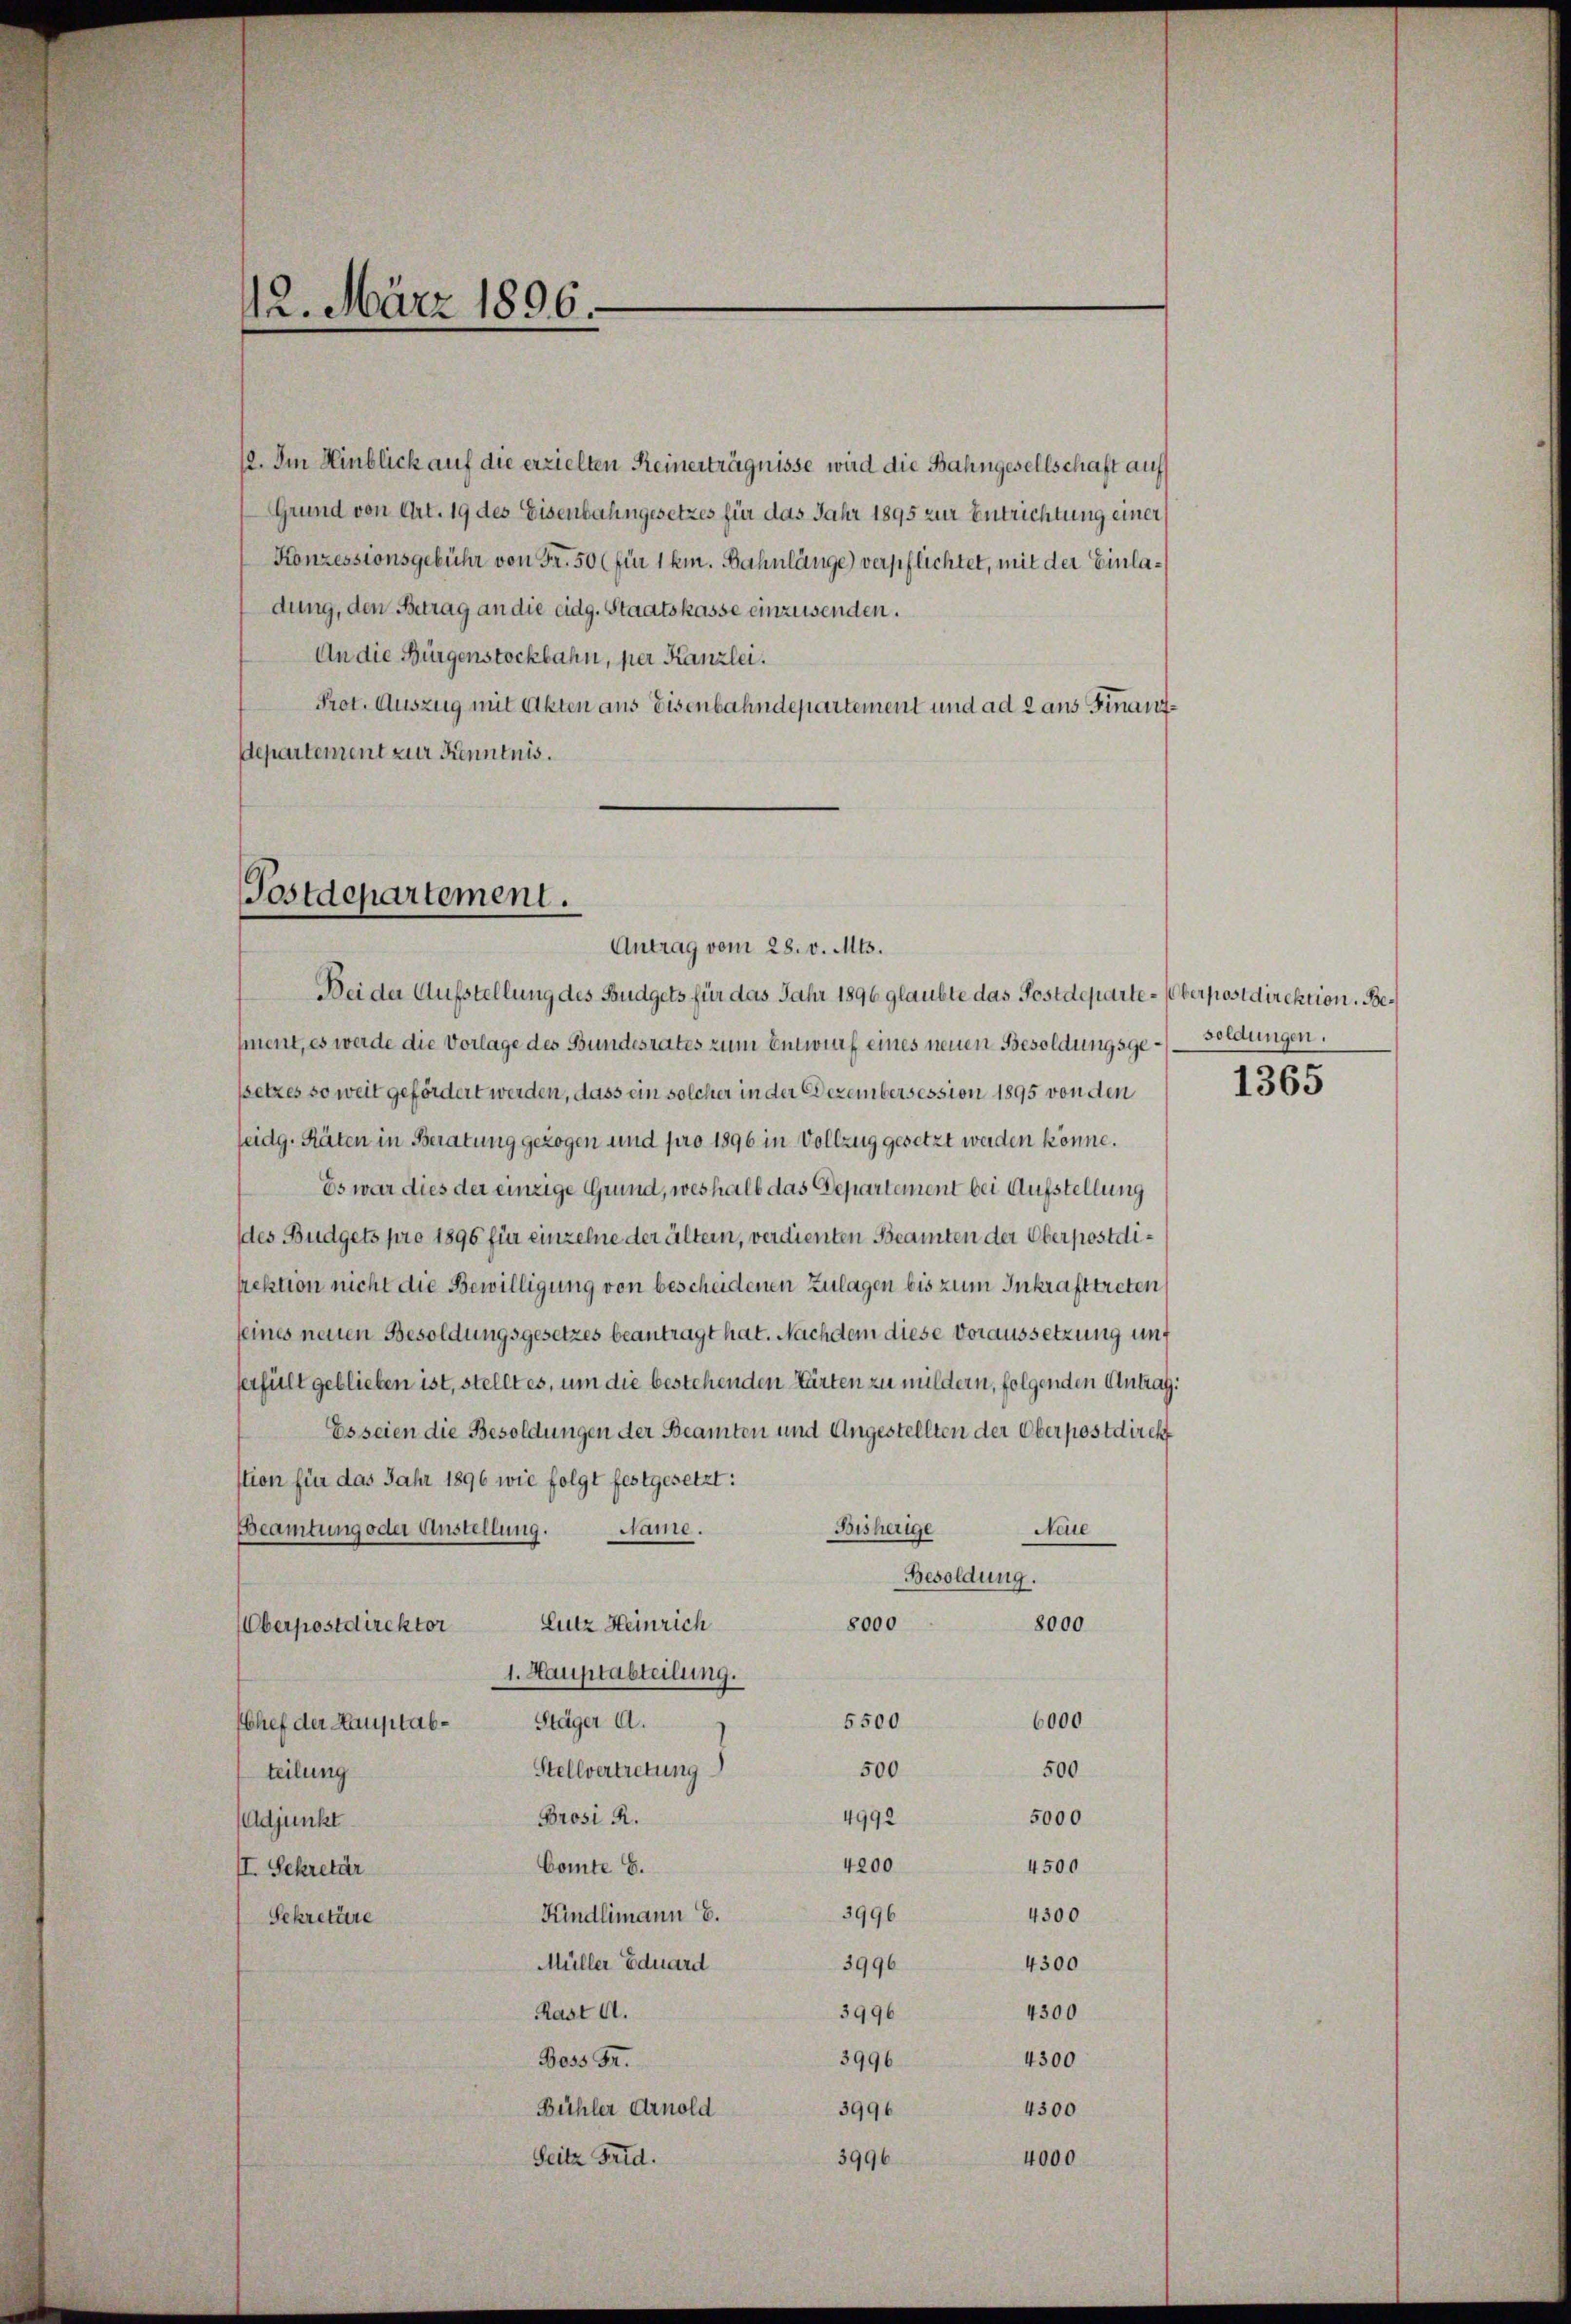
12. März 1896.

12. Im Hinblick auf die erzielten Keinerträgnisse wird die Bahngesellschaft auf
Grund von Art. 19 des Eisenbahngesetzes für das Jahr 1895 zur Entrichtung einer
Konzessionsgebühr von Fr. 50 (für 1 km. Bahnlänge) verpflichtet, mit der Einladung, den Betrag an die eidg. Staatskasse einzusenden.
An die Bürgenstockbahn, per Kanzlei.
Prot. Auszug mit Akten aus Eisenbahndepartement und ad 2 aus Finanzdepartement zur Kenntnis.

Postdepartement.
Antrag vom 28. v. Mts.

Bei der Aufstellung des Budgets für das Jahr 1896 glaubte das Postdeparte-Oberpostdirektion. Besment, es werde die Vorlage des Bundesrates zum Entwurf eines neuen Besoldungsge-Soldungen.
ssetzes so weit gefördert werden, dass ein solcher in der Dezembersession 1895 von den
eidg. Räten in Beratung gezogen und pro 1896 in Vollzug gesetzt werden könne.
Es war dies der einzige Grund, weshalb das Departement bei Aufstellung
des Budgets pro 1896 für einzelne der Altern, verdienten Beamten der Oberpostdipektion nicht die Bewilligung von bescheidenen Zulagen bis zum Inkrafttreten
seines neuen Besoldungsgesetzes beantragt hat. Nachdem diese Voraussetzung unt
serfült geblieben ist, stellt es, um die bestehenden Karten zu mildern, folgenden Antrag:
Es seien die Besoldungen der Beamten und Angestellten der Oberpostdirekt
stion für das Jahr 1896 wie folgt festgesetzt:
Bisherige
Rame.
Nee
Beamtung oder Anstellung.
Besoldung.
8000
Lutz Heinrich
8000
Überpostdirektor
1. Hauptabteilung.
5500
Stäger A.
6000
Chef der Hauptab¬
500
500
Stellvertretung
teilung
Brosi R.
4992
5000
Adjunkt
4200
4500
Comte E.
II. Sekretär
3996
4300
Kindlimann E.
Sekretäre
Müller Eduard
4300
3996
Rast d.
4300
3996
3996
Boss Fr.
4300
4300
3996
Bühler Arnold
Seitz Frid.
4000
3996

1365